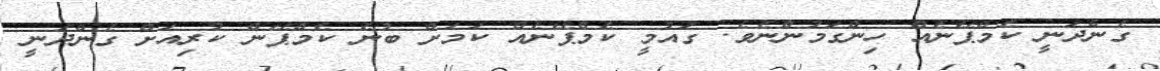
ގެންދަނީ ކެމްޕޭނެއް ހިންގަމުންނެވެ. ގައުމީ ކެމްޕޭނެއް ކަމަށް ބުނެ ކެމްޕޭން ކުރިއަށް ގެންދަނީ